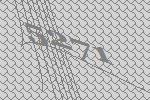
5271